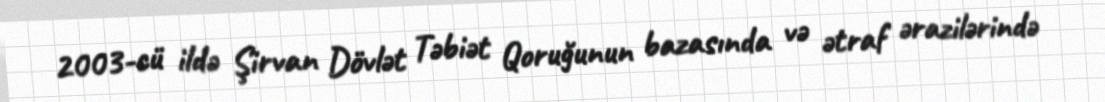
2003-cü ildə Şirvan Dövlət Təbiət Qoruğunun bazasında və ətraf ərazilərində